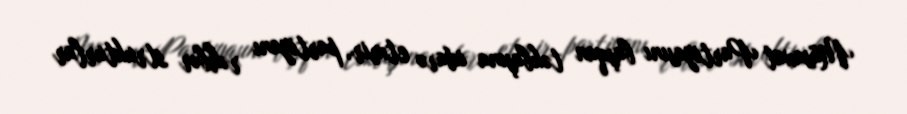
Müsavat Partiyasını başqan təkbaşına idarə etmir, partiyanı rəhbər strukturlar